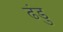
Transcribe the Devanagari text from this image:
ढंडु